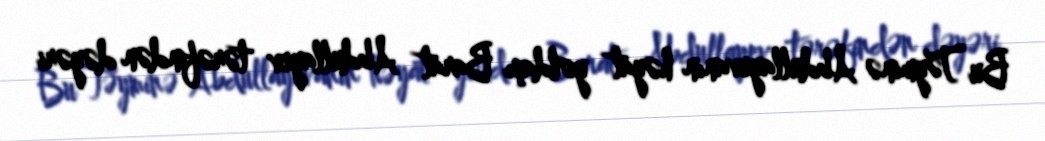
Bu Təyminə Abdullayevanın həyat yoldaşı Barat Abdullayev tərəfindən dəyəri